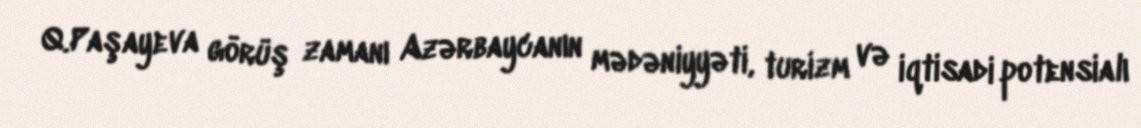
Q.Paşayeva görüş zamanı Azərbaycanın mədəniyyəti, turizm və iqtisadi potensialı